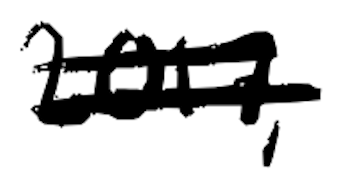
Text: 2017,
Cross-out: double-line
Writing tool: digital_black